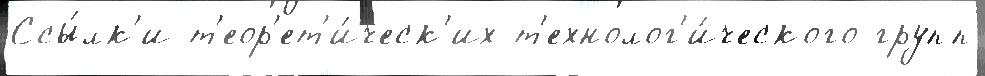
Ссы́лк'и т'еор'ет'и́ческ'их т'ехнолог'и́ческого групп